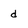
Character: d